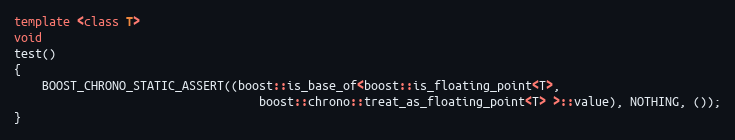
Language: C++
template <class T>
void
test()
{
    BOOST_CHRONO_STATIC_ASSERT((boost::is_base_of<boost::is_floating_point<T>,
                                   boost::chrono::treat_as_floating_point<T> >::value), NOTHING, ());
}